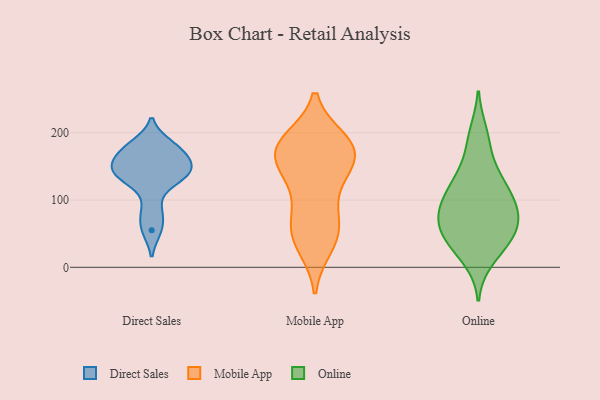
{"axis": {"x": "Net Income (USD K)", "y": "Value"}, "legend": ["Direct Sales", "Mobile App", "Online"], "data": [{"x": "", "y": 127, "type": "Direct Sales"}, {"x": "", "y": 138, "type": "Direct Sales"}, {"x": "", "y": 183, "type": "Direct Sales"}, {"x": "", "y": 166, "type": "Direct Sales"}, {"x": "", "y": 150, "type": "Direct Sales"}, {"x": "", "y": 153, "type": "Direct Sales"}, {"x": "", "y": 177, "type": "Direct Sales"}, {"x": "", "y": 83, "type": "Direct Sales"}, {"x": "", "y": 55, "type": "Direct Sales"}, {"x": "", "y": 138, "type": "Direct Sales"}, {"x": "", "y": 139, "type": "Mobile App"}, {"x": "", "y": 187, "type": "Mobile App"}, {"x": "", "y": 38, "type": "Mobile App"}, {"x": "", "y": 46, "type": "Mobile App"}, {"x": "", "y": 174, "type": "Mobile App"}, {"x": "", "y": 140, "type": "Mobile App"}, {"x": "", "y": 160, "type": "Mobile App"}, {"x": "", "y": 183, "type": "Mobile App"}, {"x": "", "y": 189, "type": "Mobile App"}, {"x": "", "y": 121, "type": "Mobile App"}, {"x": "", "y": 80, "type": "Mobile App"}, {"x": "", "y": 160, "type": "Mobile App"}, {"x": "", "y": 177, "type": "Mobile App"}, {"x": "", "y": 61, "type": "Mobile App"}, {"x": "", "y": 73, "type": "Mobile App"}, {"x": "", "y": 31, "type": "Mobile App"}, {"x": "", "y": 180, "type": "Mobile App"}, {"x": "", "y": 44, "type": "Online"}, {"x": "", "y": 84, "type": "Online"}, {"x": "", "y": 38, "type": "Online"}, {"x": "", "y": 56, "type": "Online"}, {"x": "", "y": 128, "type": "Online"}, {"x": "", "y": 136, "type": "Online"}, {"x": "", "y": 128, "type": "Online"}, {"x": "", "y": 183, "type": "Online"}, {"x": "", "y": 58, "type": "Online"}, {"x": "", "y": 106, "type": "Online"}, {"x": "", "y": 31, "type": "Online"}, {"x": "", "y": 199, "type": "Online"}, {"x": "", "y": 83, "type": "Online"}, {"x": "", "y": 83, "type": "Online"}, {"x": "", "y": 13, "type": "Online"}, {"x": "", "y": 68, "type": "Online"}, {"x": "", "y": 96, "type": "Online"}]}